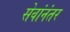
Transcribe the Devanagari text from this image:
सेवांनंतर